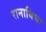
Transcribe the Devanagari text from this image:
रानाबिघा